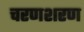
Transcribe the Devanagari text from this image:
चरणशरण